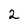
Character: 2